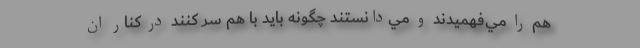
هم را مي‌فهميدند و مي‌دانستند چگونه بايد با هم سر كنند در كنار ان